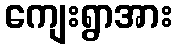
ကျေးရွာအား